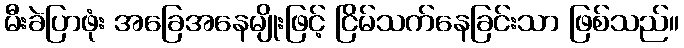
မီးခဲပြာဖုံး အခြေအနေမျိုးဖြင့် ငြိမ်သက်နေခြင်းသာ ဖြစ်သည်။